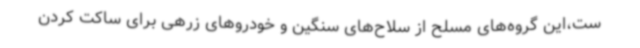
ست،این گروه‌های مسلح از سلاح‌های سنگین و خودروهای زرهی برای ساکت کردن